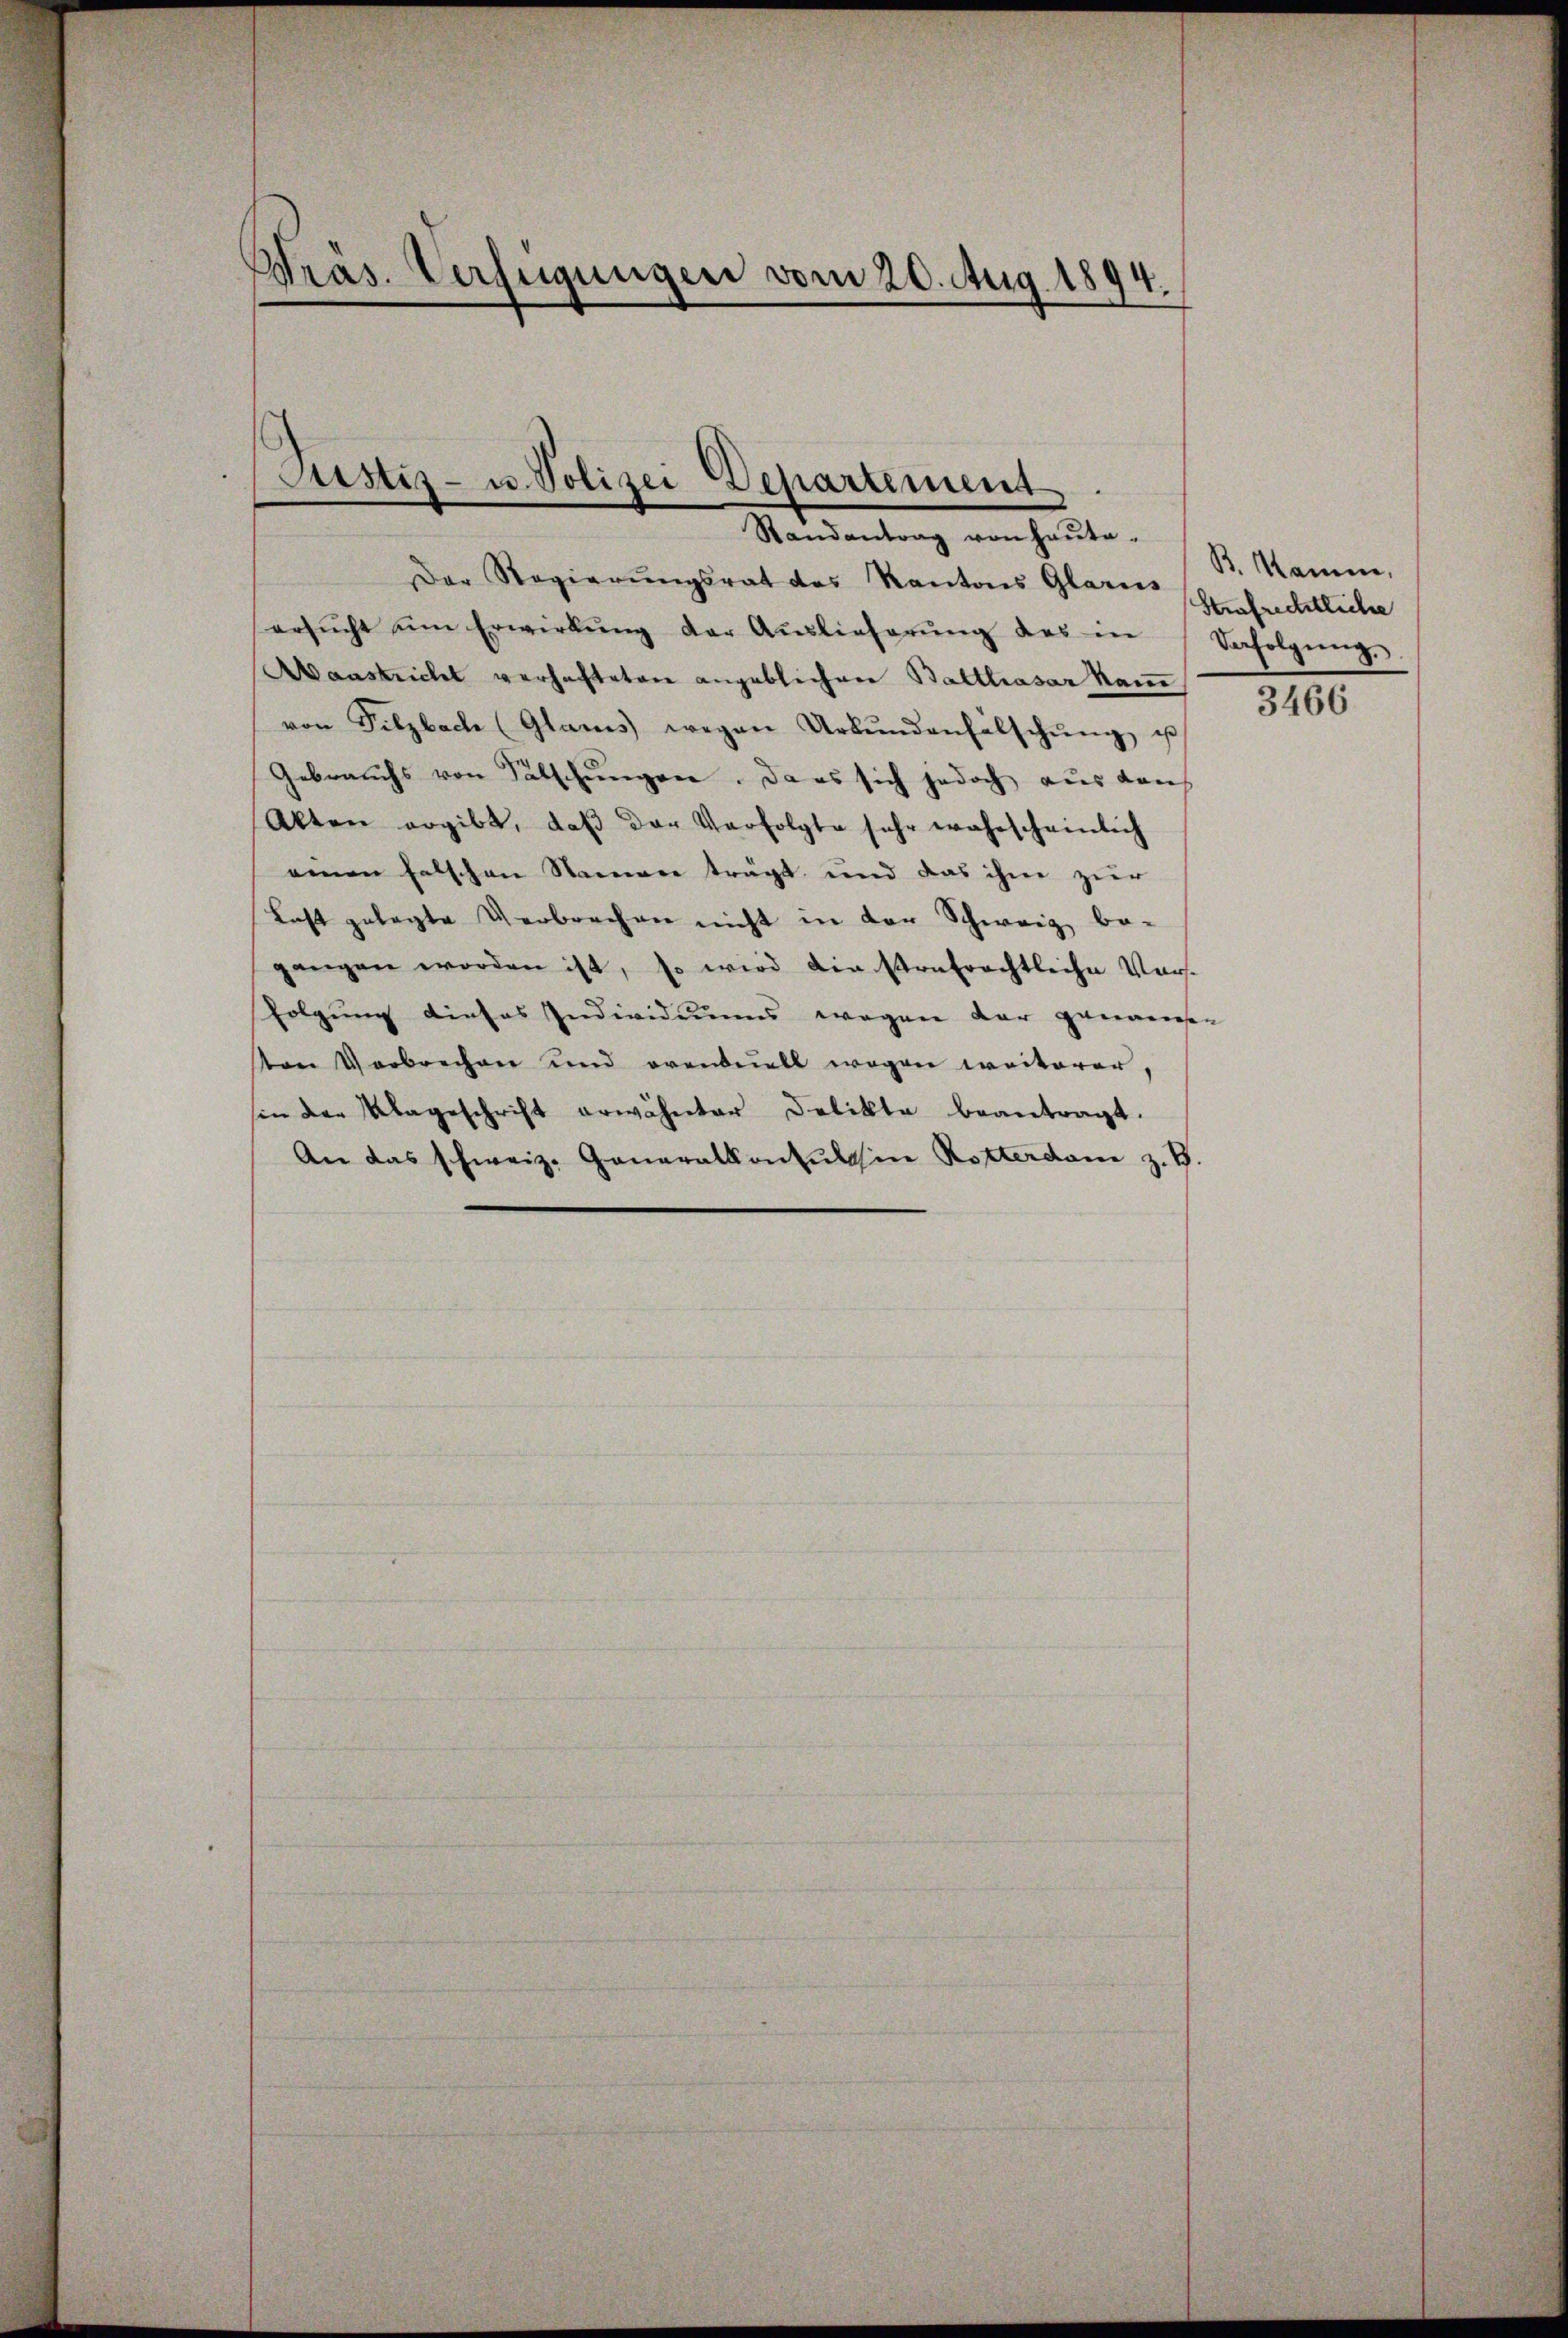
Präs. Verfügungen vom 20. Aug. 1894.

Justiz- u. Polizei Departement
Randantrag von Haŭte.

Der Regierŭngsrat des Kantons Glarus Strafrichtliche
ersŭcht ŭm Erwirkŭng der Aŭslieferŭng des in Befolgŭng
Aaustricht verhafteten angeblichen Balthasar kam,
von Pilzbach (Glarus wegen Urbŭndenfälschŭng u
Gebrauchs von Fälschungen. Da es sich jedoch aus den
Akten ergibt, daβ der Verfolgte sehr wahrscheinlich
einen falschen Namen trägt und das ihm zur
Last gelegte Verbrechen nicht in der Schweiz be-
gangen worden ist, so wird die strafrechtliche Vorsfolgung dieses Individiums wegen der genausen
ton Verbrechen und eventuell wegen weiterer,
sin der Klageschrift erwähnter Delikte beantragt.
An das schweiz. Generalkonsul in Rotterdan z. B.

B. Kamm
3466